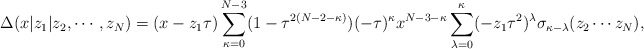
\begin{align*}\Delta (x|z_1|z_2,\cdots,z_N)=(x-z_1\tau)\sum_{\kappa=0}^{N-3}(1-\tau^{2(N-2-\kappa)})(-\tau)^\kappa x^{N-3-\kappa}\sum_{\lambda=0}^\kappa(-z_1\tau^2)^\lambda\sigma_{\kappa-\lambda}(z_2 \cdots z_N),\end{align*}